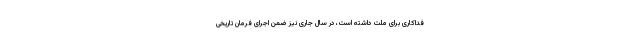
فداکاری برای ملت داشته است، در سال جاری نیز ضمن اجرای فرمان تاریخی